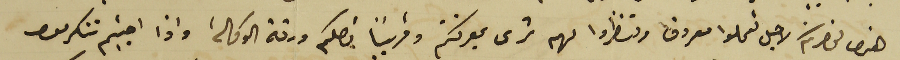
هذه لحضرتكم لاجل تعملوا معروف وتنظروا لهم شرى بمعرفتكم وقريبًا تصلكم ورقة الوكالة واذا احببتم تتكرمون